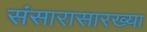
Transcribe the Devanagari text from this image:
संसारासारख्या